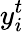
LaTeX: y_{i}^{t}